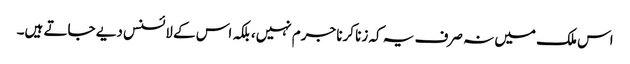
اس ملک میں نہ صرف یہ کہ زنا کرنا جرم نہیں، بلکہ اس کے لائسنس دیے جاتے ہیں۔